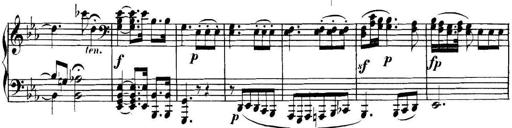
Title: Collected Piano Sonatas
Composer: Muzio Clementi